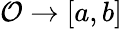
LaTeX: \mathcal{O}\rightarrow[a,b]